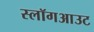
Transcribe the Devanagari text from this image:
स्लॉगआउट